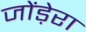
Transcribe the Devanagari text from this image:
जोंड़ेरा